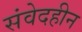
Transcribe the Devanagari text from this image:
संवेदहीन